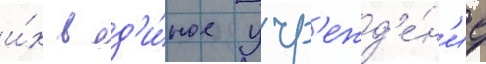
и́х в ед'и́ное учр'ежд'е́н'ие